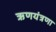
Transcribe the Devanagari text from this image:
ऋणयंत्रणा